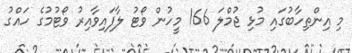
މި އިންތިހާބުގައި މުޅި ޖުމްލަ 166 މީހުން ވޯޓު ލާފައިވާއިރު ވޯޓުމުގެ ހައްގު